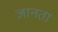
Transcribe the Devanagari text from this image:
ज्ञानता